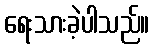
ရေးသားခဲ့ပါသည်။